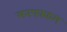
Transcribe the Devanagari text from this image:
मनपक्कम